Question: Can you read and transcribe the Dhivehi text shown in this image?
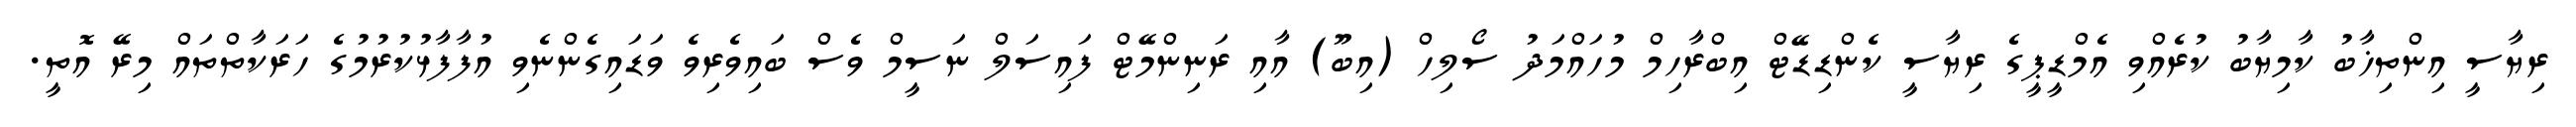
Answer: ރިޔާސީ އިންތިޚާބު ކާމިޔާބު ކުރެއްވި އެމްޑީޕީގެ ރިޔާސީ ކެންޑިޑޭޓް އިބްރާހިމް މުހައްމަދު ސޯލިހް (އިބޫ) އާއި ރަނިންމޭޓް ފައިސަލް ނަސީމް ވެސް ބައިވެރިވެ ވަޑައިގެންނެވި އުފާފާޅުކުރުމުގެ ހަރަކާތްތައް މިރޭ އޮތީ.